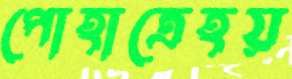
পোহাত্রেহয়